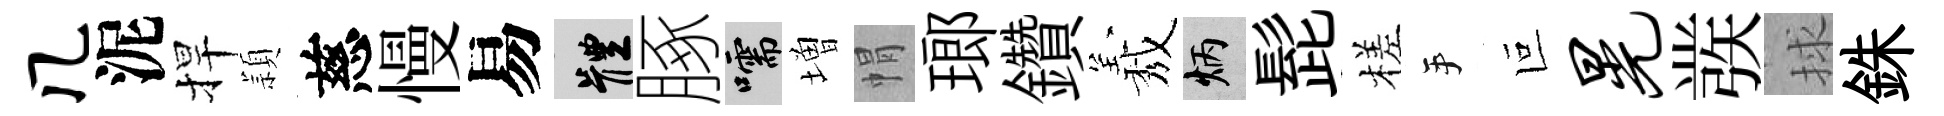
几泥捍頴慈慢易體䐁嚅増㡌瑯鑽𦏁炳髭槎手叵晃彂捄銖